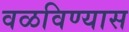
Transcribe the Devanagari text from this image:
वळविण्यास